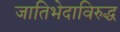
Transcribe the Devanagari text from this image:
जातिभेदाविरुद्ध